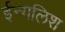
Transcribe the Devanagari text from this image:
ईन्गलिश